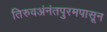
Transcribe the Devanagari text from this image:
तिरुवअंनंतपुरमपासून